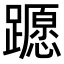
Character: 𨆸